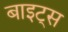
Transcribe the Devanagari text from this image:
बाइट्‌स